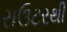
રાઉટરથી